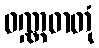
ဝဏ္ဏဓာတုံ